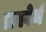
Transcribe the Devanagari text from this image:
अनवेर्थ